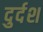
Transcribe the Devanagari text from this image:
दुर्दश